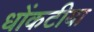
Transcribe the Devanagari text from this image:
धोंकटीया